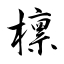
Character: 檩